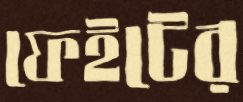
ফেইটের